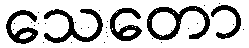
သေတော